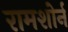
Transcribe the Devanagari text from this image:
रामशोर्न